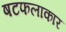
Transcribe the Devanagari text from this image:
षटफलाकार